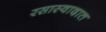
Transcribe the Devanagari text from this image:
रसास्वादात